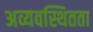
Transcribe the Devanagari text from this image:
अव्यवस्थितता